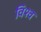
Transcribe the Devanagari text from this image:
विश्व